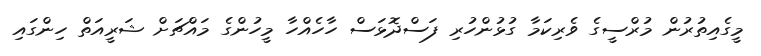
މީގެއިތުރުން މުރްސީގެ ވެރިކަމާ ގުޅުންހުރި ފަސްދޮޅަސް ހާހެއްހާ މީހުންގެ މައްޗަށް ޝަރީއަތް ހިންގައި